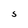
Character: 5